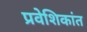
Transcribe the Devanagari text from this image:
प्रवेशिकांत